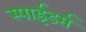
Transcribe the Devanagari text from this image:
स्पाईडर्स